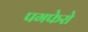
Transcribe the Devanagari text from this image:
पगफेरो